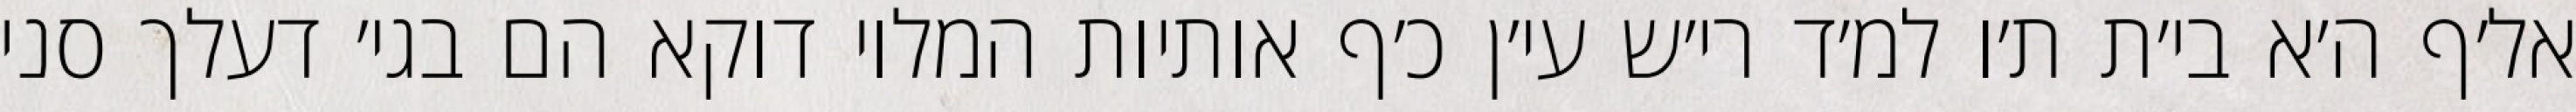
אל׳ף ה׳א בי׳ת ת׳ו למ׳ד רי׳ש עי׳ן כ׳ף אותיות המלוי דוקא הם בגי׳ דעלך סני